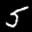
Digit: 5